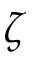
\zeta